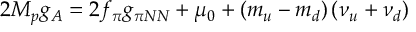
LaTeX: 2 M _ { p } g _ { A } = 2 f _ { \pi } g _ { \pi N N } + \mu _ { 0 } + \left( m _ { u } - m _ { d } \right) \left( \nu _ { u } + \nu _ { d } \right)